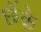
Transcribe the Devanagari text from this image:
छेंके